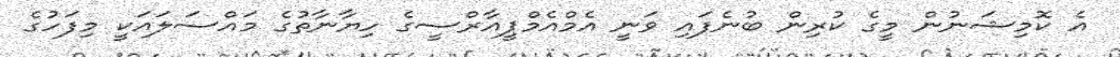
އެ ކޮމިޝަނުން މީގެ ކުރިން ބުނެފައި ވަނީ އެމްއެމްޕީއާރްސީގެ ހިޔާނާތުގެ މައްސަލައަކީ މިފަހުގެ